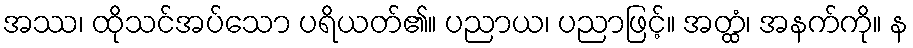
အဿ၊ ထိုသင်အပ်သော ပရိယတ်၏။ ပညာယ၊ ပညာဖြင့်။ အတ္ထံ၊ အနက်ကို။ န